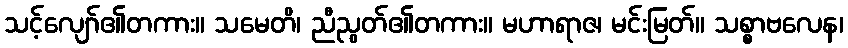
သင့်လျော်၏တကား။ သမေတိ၊ ညီညွတ်၏တကား။ မဟာရာဇ၊ မင်းမြတ်။ သစ္စာဗလေန၊